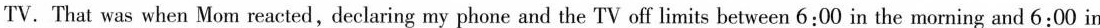
TV.That was when Mom reacted, declaring my phone and the TV off limits between 6:00 in the morning and 6:00 in